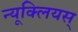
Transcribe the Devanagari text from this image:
न्यूक्लियस्